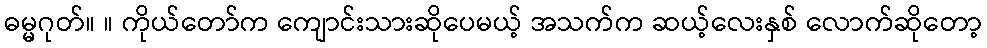
ဓမ္မဂုတ်။ ။ ကိုယ်တော်က ကျောင်းသားဆိုပေမယ့် အသက်က ဆယ့်လေးနှစ် လောက်ဆိုတော့